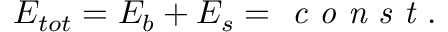
E _ { t o t } = E _ { b } + E _ { s } = \textit { c o n s t } .